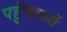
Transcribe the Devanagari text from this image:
पहुॅचाएगें